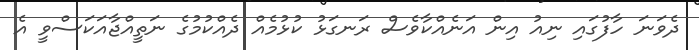
ދެވަނަ ހާފުގައި ނިއު އިން އަނެއްކާވެސް ރަނގަޅު ކުޅުމެއް ދެއްކުމުގެ ނަތީއްޖާއަކަސްވީ އެ